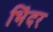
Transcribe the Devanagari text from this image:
भिंदर